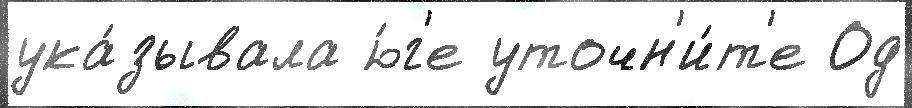
ука́зывала ю́г'е уточн'и́т'е Од